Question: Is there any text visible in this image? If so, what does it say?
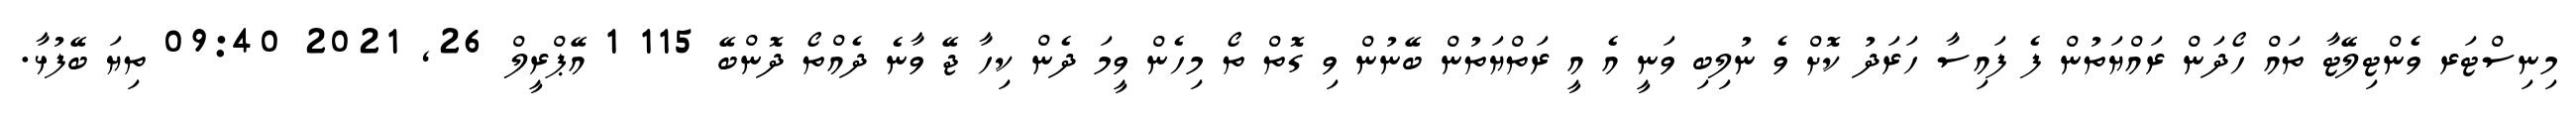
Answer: މިނިސްޓަރ ވެންޓިލޭޓާ ތައް ހޯދަން ރައްޔަތުން ފެ ފައިސާ ހަރަދު ކޮށް ވެ ނުލިބި ވަނީ އެ އީ ރަތްޔަތުން ބޭނުން ވި ގޮތް ތޯ މިހެން ވީމަ ދެން ކިހާ ޖޭ ވާނެ ދެއްތޯ ދޮންބޭ 115 1 އޭޕްރީލް 26, 2021 09:40 ތިޔަ ބޭފުޅާ.